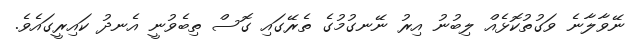
ނޭވާލާނެ ވަގުތުކޮޅެއް ލިބުނު އިރު ނޭނގުމުގެ ތެރޭގައި ގޮސް ތިބެވުނީ އެނދު ކައިރީގައެވެ.